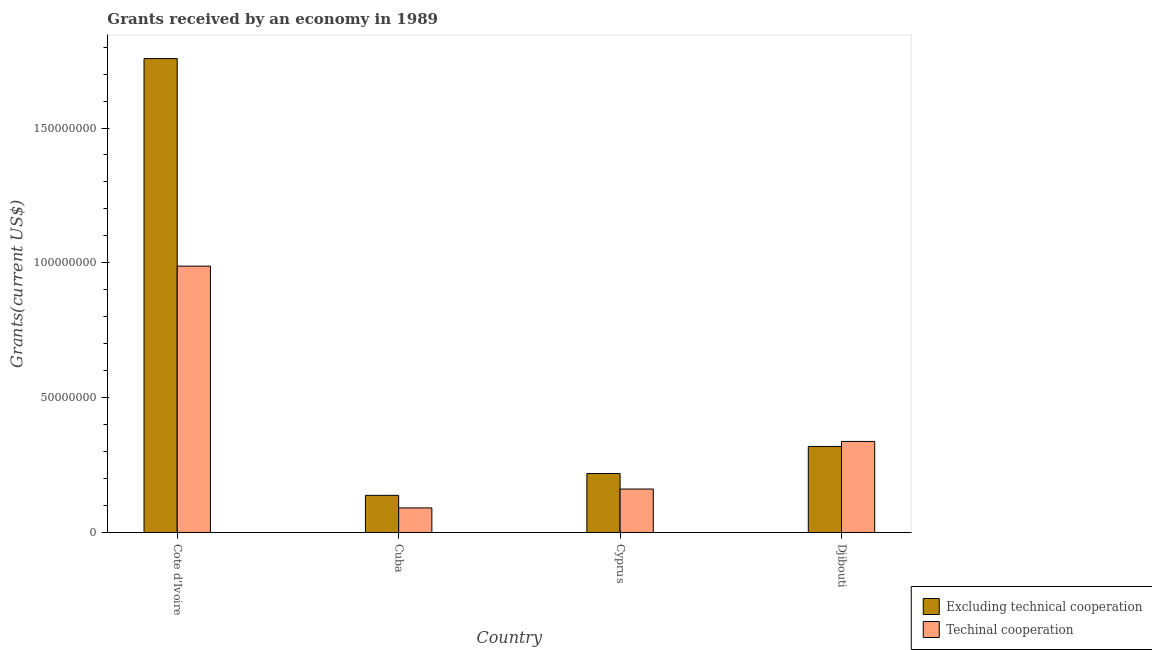
| Country | Excluding technical cooperation | Techinal cooperation |
 | --- | --- | --- |
 | Cote d'Ivoire | 1.76e+08 | 9.88e+07 |
 | Cuba | 1.38e+07 | 9.15e+06 |
 | Cyprus | 2.19e+07 | 1.62e+07 |
 | Djibouti | 3.19e+07 | 3.38e+07 |